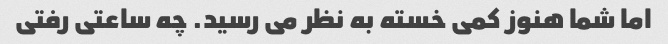
اما شما هنوز کمی خسته به نظر می رسید. چه ساعتی رفتی